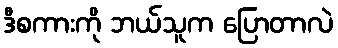
ဒီစကားကို ဘယ်သူက ပြောတာလဲ